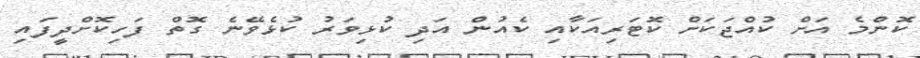
ކޮންމެ އަށް ކުއްޖަކަށް ކޮޓަރިއަކާއި ކެއުން އަދި ކުޅިވަރު ކުޅެވޭނެ ގޮތް ފަހިކޮށްދީފައި